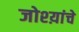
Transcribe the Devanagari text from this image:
जोश्य़ांचे